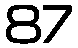
87